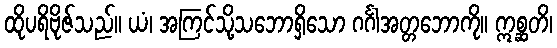
ထိုပရိဗိုဇ်သည်။ ယံ၊ အကြင်သို့သဘောရှိသော ဂင်္ဂါအတ္တဘောကို။ ဣစ္ဆတိ၊